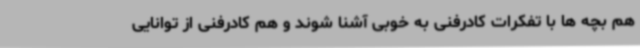
هم بچه ها با تفکرات کادرفنی به خوبی آشنا شوند و هم کادرفنی از توانایی